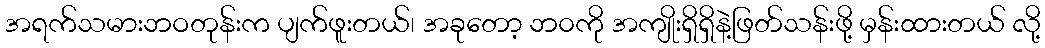
အရက်သမားဘဝတုန်းက ပျက်ဖူးတယ်၊ အခုတော့ ဘ၀ကို အကျိုးရှိရှိနဲ့ဖြတ်သန်းဖို့ မှန်းထားတယ် လို့